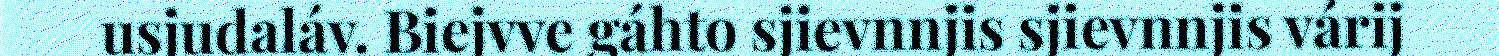
usjudaláv. Biejvve gáhto sjievnnjis sjievnnjis várij